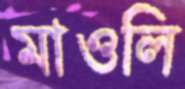
মাওলি